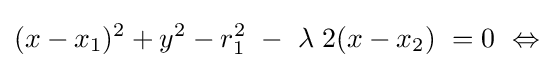
(x-x_{1})^{2}+y^{2}-r_{1}^{2}\ -\ \lambda \;2(x-x_{2})\ =0\ \Leftrightarrow